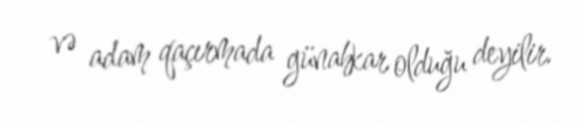
və adam qaçırmada günahkar olduğu deyilir.